65_HS1-834228961_62-HQ-83894_SUB_A
Agency: FBI
Page 83
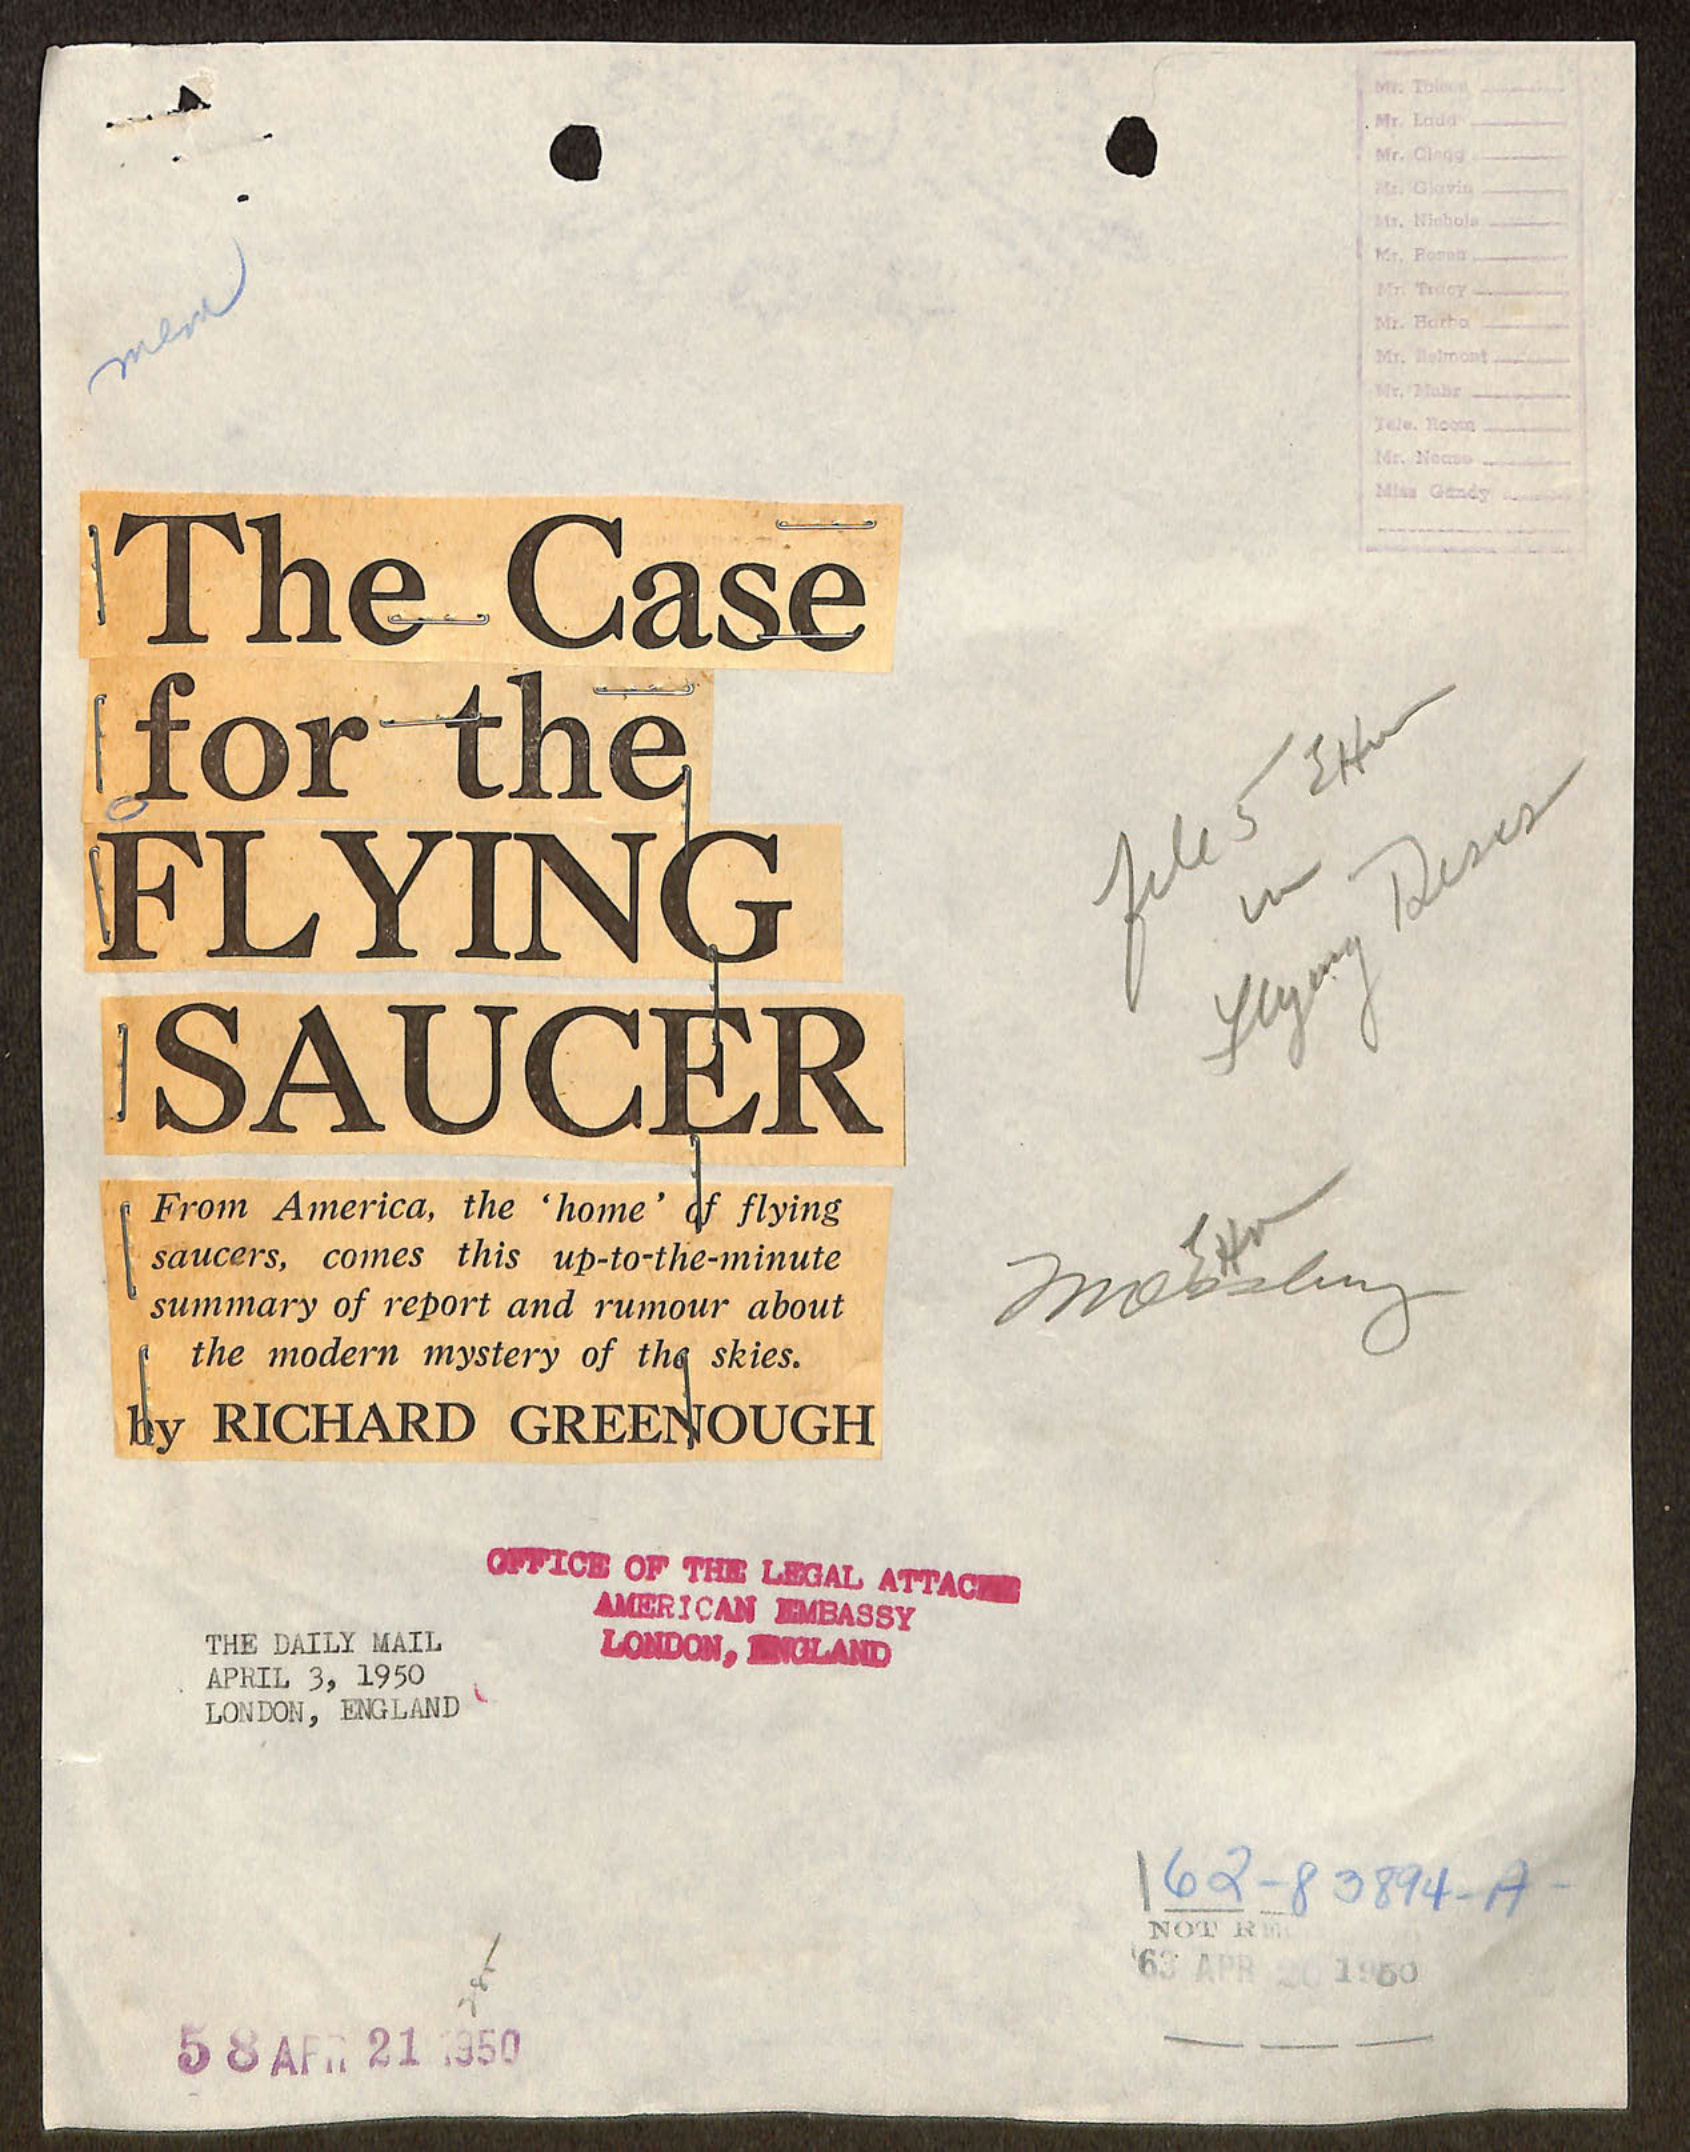